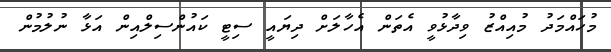
މުހައްމަދު މުއިއްޒު ވިދާޅުވީ އެތަން އެހާލަށް ދިޔައީ ސިޓީ ކައުންސިލްއިން އަޅާ ނުލުމުން